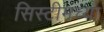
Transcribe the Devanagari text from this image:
सिस्टीमच्या